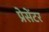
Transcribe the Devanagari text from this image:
प्रेसेंटर